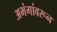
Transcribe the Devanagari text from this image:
अभंगांवरून